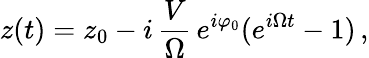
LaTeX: z(t)=z_{0}-i\, \frac{V}{\Omega}\, e^{i\varphi_{0}}(e^{i\Omega t}-1)\, ,